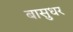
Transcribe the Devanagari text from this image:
बासुधर